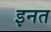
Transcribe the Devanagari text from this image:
इनत